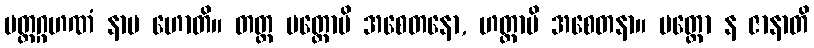
ပတ္တဂ္ဂဟဏံ နာမ ဟောတိ။ တတ္ထ ပတ္တောပိ အစေတနော, ဟတ္ထာပိ အစေတနာ။ ပတ္တော န ဇာနာတိ